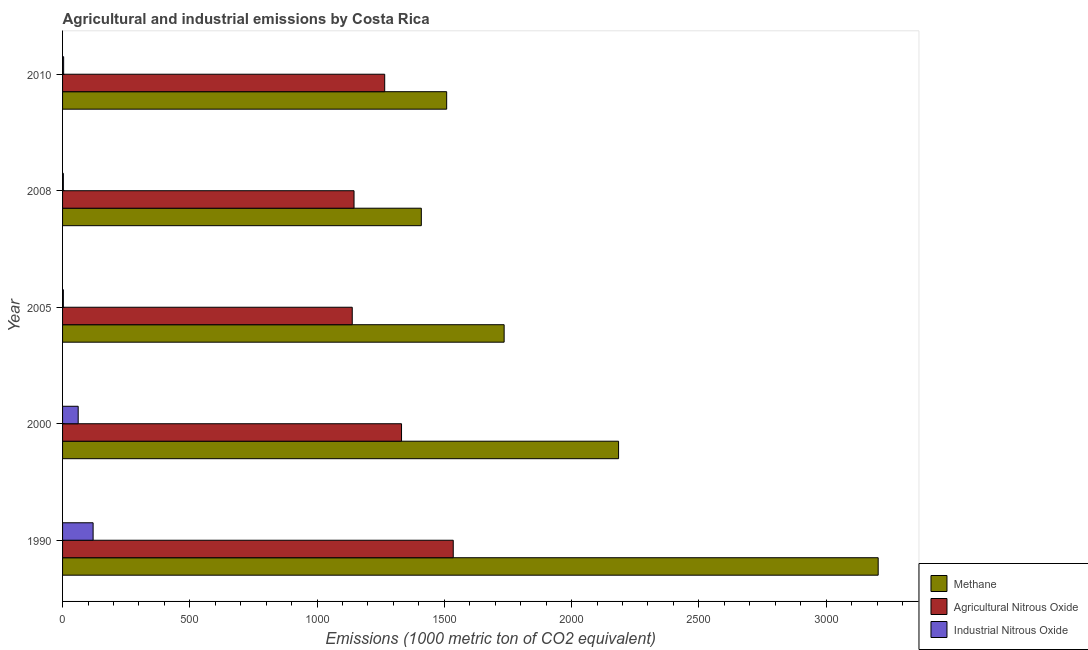
| Year | Methane | Agricultural Nitrous Oxide | Industrial Nitrous Oxide |
 | --- | --- | --- | --- |
 | 1990 | 3.2e+03 | 1.54e+03 | 120 |
 | 2000 | 2.18e+03 | 1.33e+03 | 61.4 |
 | 2005 | 1.74e+03 | 1.14e+03 | 3.1 |
 | 2008 | 1.41e+03 | 1.15e+03 | 3.1 |
 | 2010 | 1.51e+03 | 1.27e+03 | 4.2 |